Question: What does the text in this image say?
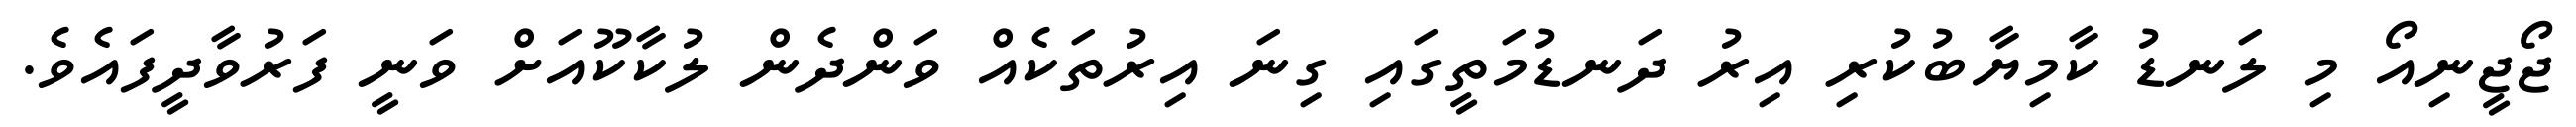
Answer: ޖޯޖީނިއޯ މި ލަނޑު ކާމިޔާބުކުރި އިރު ދަނޑުމަތީގައި ގިނަ އިރުތަކެއް ވަންދެން ލުކާކޫއަށް ވަނީ ފަރުވާދީފައެވެ.